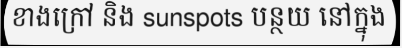
ខាងក្រៅ និង sunspots បន្ថយ នៅក្នុង